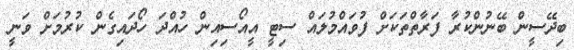
ބިދޭސީން ބޭނުންކުރާ ފަރާތްތަކަށް ފުވައްމުލައް ސިޓީ އީއޯސިއިން ހުއްދަ ހޯދައިގެން ކުރުމަށް ވަނީ